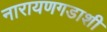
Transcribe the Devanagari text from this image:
नारायणगडाशी